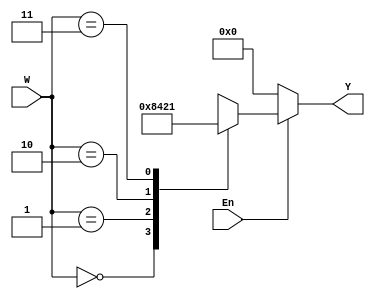
module Decoder_2_4 (W, En, Y);
   input [1:0] W;
   input En;
   output reg [0:3] Y;
    always @(W, En)
    begin
      if (En == 0)
        Y = 4'b0000;
      else
        case (W)
           0: Y = 4'b1000;
           1: Y = 4'b0100;
           2: Y = 4'b0010;
           3: Y = 4'b0001;
        endcase
    end
endmodule


module Decoder_4_16 (W, En, Y);
 input [3:0] W;
 input En;
 output [0:15] Y;
 wire [0:3] M;
 Decoder_2_4 Dec1 (W[3:2],En ,M[0:3]);
 Decoder_2_4 Dec2 (W[1:0], M[0] , Y[0:3]);
 Decoder_2_4 Dec3 (W[1:0], M[1] , Y[4:7]);
 Decoder_2_4 Dec4 (W[1:0], M[2] , Y[8:11]);
 Decoder_2_4 Dec5 (W[1:0], M[3] , Y[12:15]);
endmodule

//testbench//

module tb_decoder();
  reg [3:0] W;
  reg En;
  wire [0:15] Y;
Decoder_4_16 d1 (W , En , Y);

initial
 begin 

	W = 0; En =0;
	#100;
	W = 0; En =1;
	#100;
	W = 1; En =1;
	#100;
	W = 2; En =1;
	#100;
	W = 3; En =1;
	#100;
	W = 5; En =1;
	#100;
	W = 6; En =1;
	#100;
	W = 7; En =1;
	#100;
	W = 8; En =1;
	#100;

end

endmodule